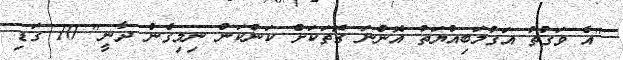
"އެ ވަގުތު އަގުލަބިއްޔަތު އޮންނަ ގޮތަކަށް ކަންކަން ނިމިގެން ދާނީ" 10 ގަޑި